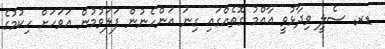
ޑރ. ސެލީ ވިދާޅުވީ އާއްމު ގޮތެއްގައި ގިނަ އަންހެނުން ފަލަވުމުން އަވަހަށް ހިކުމުގެ